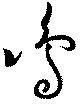
鳴